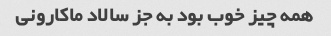
همه چیز خوب بود به جز سالاد ماکارونی